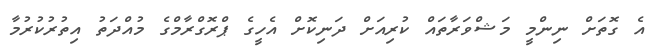
އެ ގޮތަށް ނިންމީ މަޝްވަރާތައް ކުރިއަށް ދަނިކޮށް އެހީގެ ޕްރޮގްރާމްގެ މުއްދަތު އިތުރުކުރުމާ